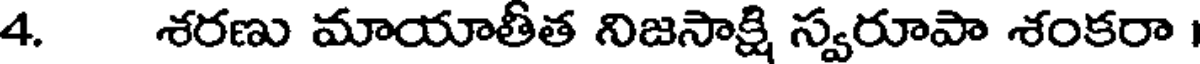
4. శరణు మాయాతీత నిజసాక్షి స్వరూపా శంకరా